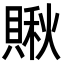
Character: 𧷂